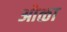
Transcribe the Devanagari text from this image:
ओळा